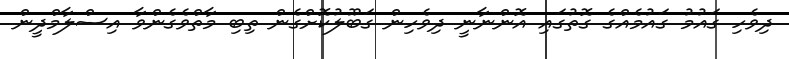
ދިވެހި ގައުމު ގައުމެއްގެ ގޮތުގައި އޮންނާނީ ދިވެހިން ގަބޫލުކޮށްގެން ތިބި މާތްވެގެންވާ އިސްލާމްދީން